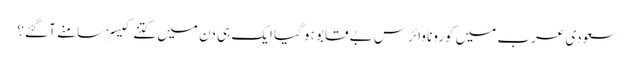
سعودی عرب میں کورونا وائرس بے قابو ہو گیا ایک ہی دن میں کتنے کیسز سامنے آ گئے؟